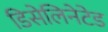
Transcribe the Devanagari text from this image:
डिसेलिनेटेड